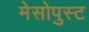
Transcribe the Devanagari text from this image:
मेसोपुस्ट